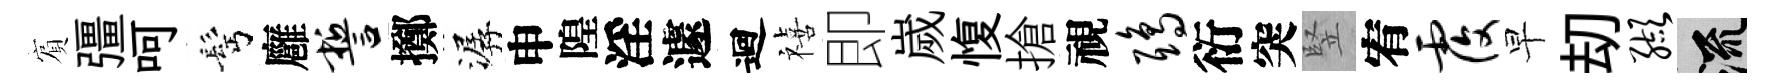
賔彊呵髩廱誓擲潺申隍淫遽迴禧即嵗愎搶視鸱衍突竪宥覆早刧缬流